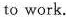
to work.